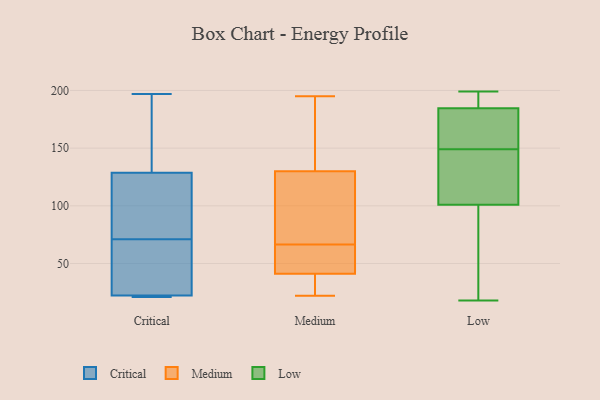
{"axis": {"x": "Operating Costs (USD K)", "y": "Value"}, "legend": ["Critical", "Low", "Medium"], "data": [{"x": "", "y": 148, "type": "Critical"}, {"x": "", "y": 22, "type": "Critical"}, {"x": "", "y": 71, "type": "Critical"}, {"x": "", "y": 92, "type": "Critical"}, {"x": "", "y": 197, "type": "Critical"}, {"x": "", "y": 141, "type": "Critical"}, {"x": "", "y": 88, "type": "Critical"}, {"x": "", "y": 35, "type": "Critical"}, {"x": "", "y": 21, "type": "Critical"}, {"x": "", "y": 23, "type": "Critical"}, {"x": "", "y": 21, "type": "Critical"}, {"x": "", "y": 105, "type": "Medium"}, {"x": "", "y": 195, "type": "Medium"}, {"x": "", "y": 67, "type": "Medium"}, {"x": "", "y": 50, "type": "Medium"}, {"x": "", "y": 22, "type": "Medium"}, {"x": "", "y": 41, "type": "Medium"}, {"x": "", "y": 130, "type": "Medium"}, {"x": "", "y": 66, "type": "Medium"}, {"x": "", "y": 138, "type": "Medium"}, {"x": "", "y": 37, "type": "Medium"}, {"x": "", "y": 188, "type": "Low"}, {"x": "", "y": 157, "type": "Low"}, {"x": "", "y": 199, "type": "Low"}, {"x": "", "y": 18, "type": "Low"}, {"x": "", "y": 128, "type": "Low"}, {"x": "", "y": 174, "type": "Low"}, {"x": "", "y": 107, "type": "Low"}, {"x": "", "y": 195, "type": "Low"}, {"x": "", "y": 28, "type": "Low"}, {"x": "", "y": 149, "type": "Low"}, {"x": "", "y": 99, "type": "Low"}]}